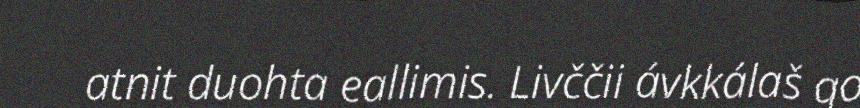
atnit duohta eallimis. Livččii ávkkálaš go